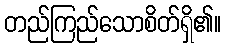
တည်ကြည်သောစိတ်ရှိ၏။